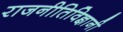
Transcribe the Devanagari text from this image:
राजनीतिविज्ञानी